Tezpur Lunatic Asylum reports 1895-1904 - 1895-1904
Year: 1895
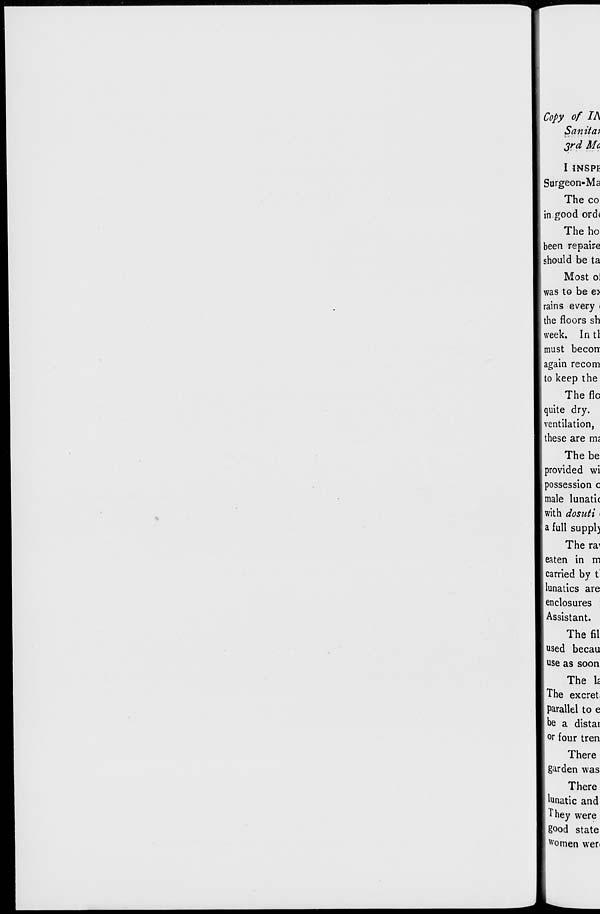
Copy of I A
Sanitai
3rd Mc
I INSPE
Surgeon-Ma
The co
in good ord<
The ho
been repaire
should be ta
Most ol
was to be e>
rains every <
the floors sh
week. In tl
must becorr
again recom
to keep the
The flc
i quite dry.
[ventilation,
these are rm
The be
provided wi
I possession c
male lunatic
(with dosuti i
a full suppl)
The ra^
eaten in m
carried by t
lunatics are
enclosures
Assistant.
The fil
used becau
use as soon
The lc
The excret,
parallel to e
be a distar
°r four tren
There
garden was
There
lunatic and
They were
good state
Women wer<